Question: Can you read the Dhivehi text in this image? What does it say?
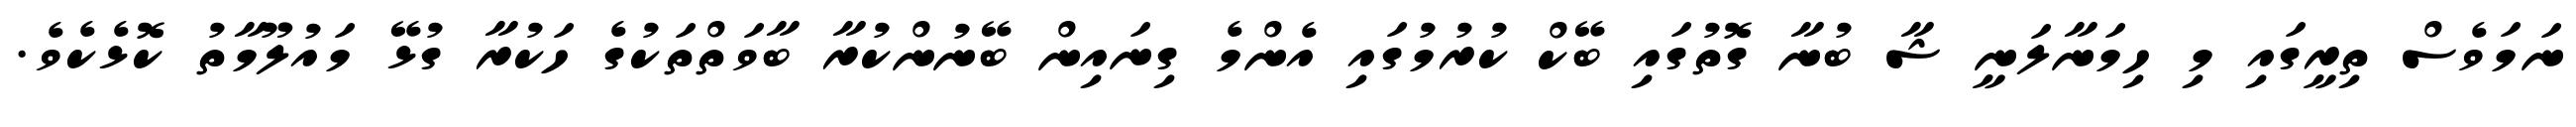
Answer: ނަމަވެސް ތިރީގައި މި ހިމަނާލަނީ ޝާ ބުނާ ގޮތުގައި ބޭކް ކުރުމުގައި އެންމެ ގިނައިން ބޭނުންކުރާ ބާވަތްތަކުގެ ހަކުރާ ގުޅޭ މައުލޫމާތު ކޮޅެކެވެ.